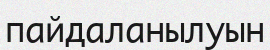
пайдаланылуын